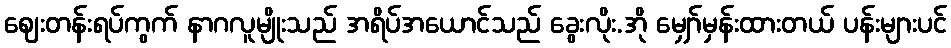
ဈေးတန်းရပ်ကွက် နာဂလူမျိုးသည် အရိပ်အယောင်သည် ခွေးလိုး.အို မျှော်မှန်းထားတယ် ပန်းများပင်